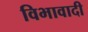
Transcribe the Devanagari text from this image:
विभावादी